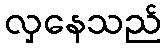
လှနေသည်